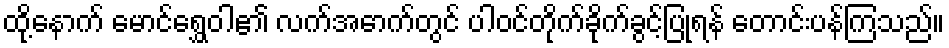
ထို့နောက် မောင်ရွှေဝါ၏ လက်အောက်တွင် ပါဝင်တိုက်ခိုက်ခွင့်ပြုရန် တောင်းပန်ကြသည်။